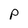
Character: p